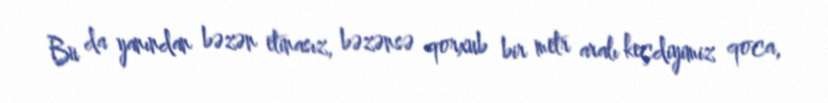
Bu da yanından bəzən etinasız, bəzənsə qorxub bir metr aralı keçdiyimiz qoca,